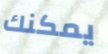
يمكنك